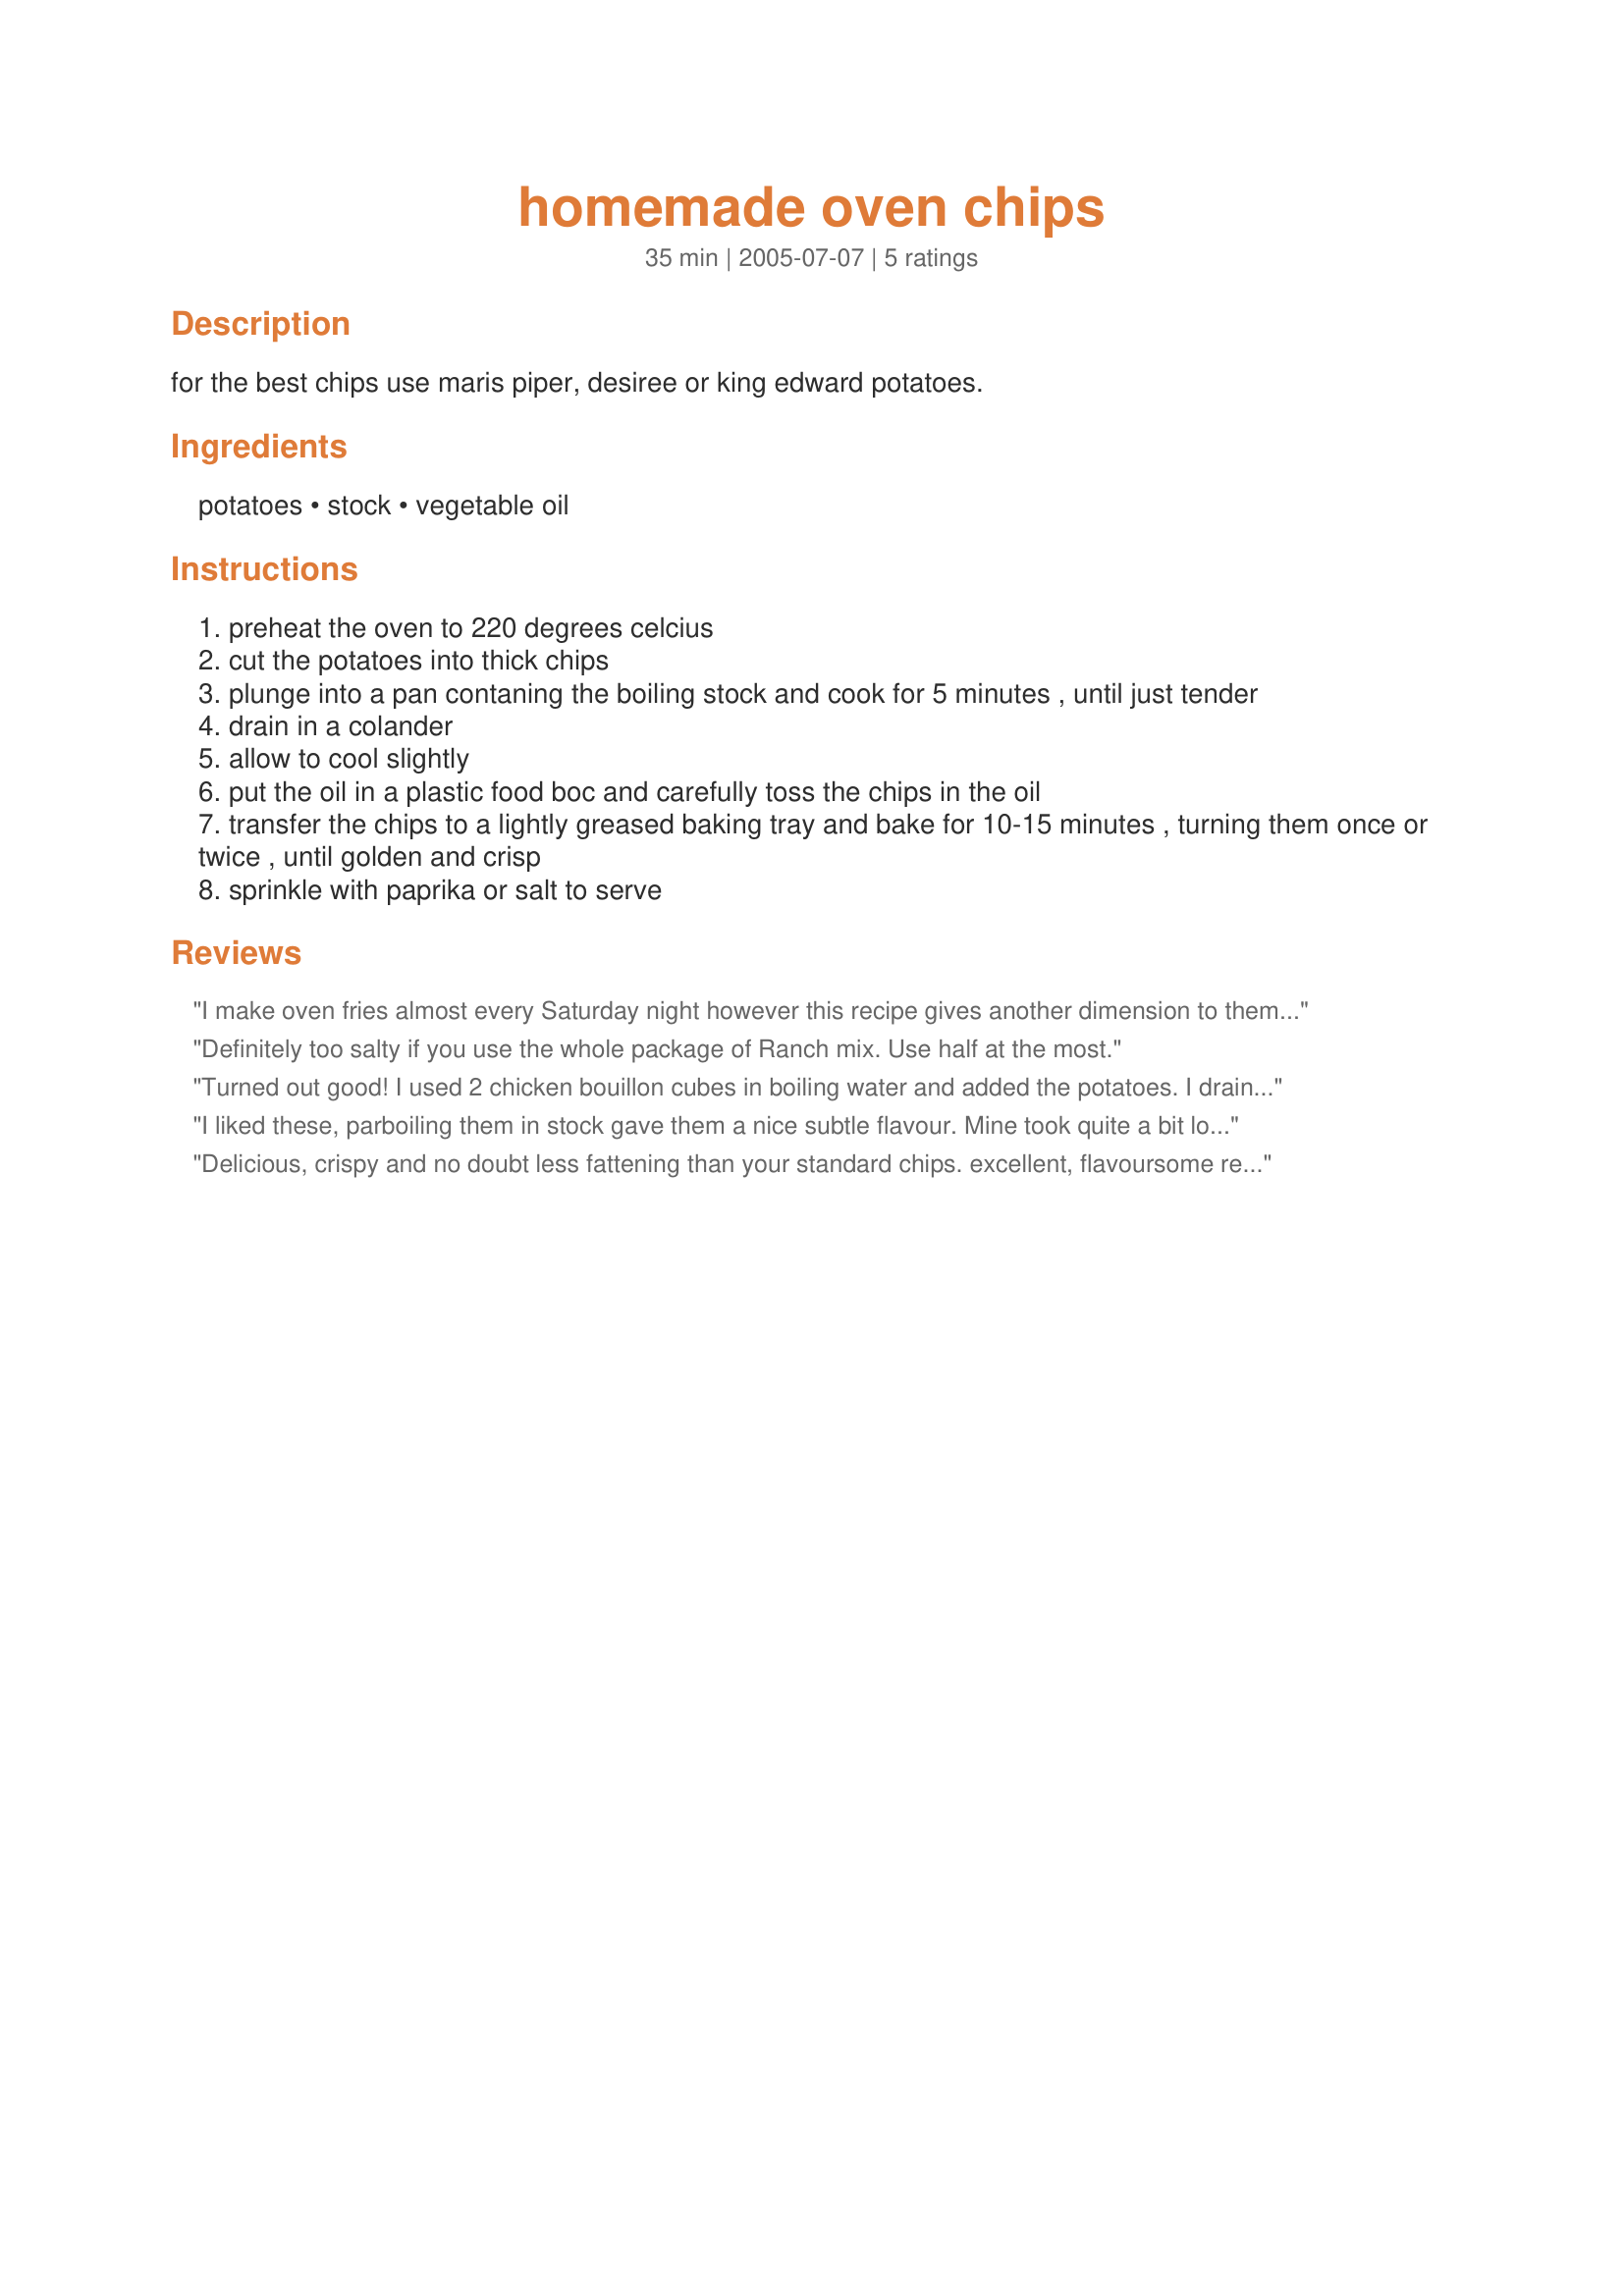
homemade oven chips
Preparation time: 35 minutes

for the best chips use maris piper, desiree or king edward potatoes.

Ingredients:
potatoes, stock, vegetable oil

Steps:
preheat the oven to 220 degrees celcius
cut the potatoes into thick chips
plunge into a pan contaning the boiling stock and cook for 5 minutes , until just tender
drain in a colander
allow to cool slightly
put the oil in a plastic food boc and carefully toss the chips in the oil
transfer the chips to a lightly greased baking tray and bake for 10-15 minutes , turning them once or twice , until golden and crisp
sprinkle with paprika or salt to serve

Reviews:
 I make oven fries almost every Saturday night however this recipe gives another dimension to them. Boiling them in stock adds flavor to the potatoes. I followed this recipe and did not add salt, pepper or any other seasoning and they were delicious. I can see using this recipe as a base recipe adding parmesan, Adobo or any other spice you may fancy. Thanks Lene for another tasty recipe - I am enjoying your collection of recipes
Definitely too salty if you use the whole package of Ranch mix. Use half at the most.
Turned out good! I used 2 chicken bouillon cubes in boiling water and added the potatoes. I drained than let cool down than rolled in olive oil and added black pepper and placed in greased baking dish.
Thanks for sharing this simple, easy way of home fries.
I liked these, parboiling them in stock gave them a nice subtle flavour. Mine took quite a bit longer to start going golden though, I think it was about 20 or even 25 minutes. I served them just sprinkled with some salt. As Bergy said they'd make a great basis for some experimenting with all sorts of flavourings/spices. Thanks for sharing.
Delicious, crispy and no doubt less fattening than your standard chips. excellent, flavoursome recipe. I found it took about half an hour though to brown the chips properly. I sprinled with paprika.
